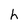
Character: h